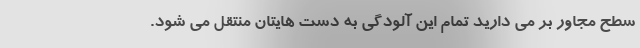
سطح مجاور بر می دارید تمام این آلودگی به دست هایتان منتقل می شود.